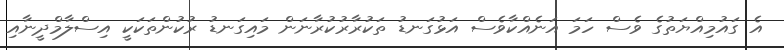
އެ ގައުމިއްޔަތުގެ ވެސް ހަމަ އަނެއްކާވެސް އަޅުގަނޑު ތަކުރާރުކުރާނަން މައިގަނޑު ރުކުންތަކަކީ އިސްލާމްދީނާއި